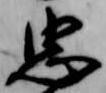
忠